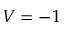
V = - 1